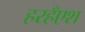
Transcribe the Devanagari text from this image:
हरहँएश